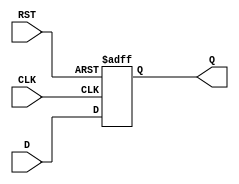
module stage_register #(
    parameter WIDTH = 8  // Parameter to define the width of the data bus
)(
    input  wire [WIDTH-1:0] D,    // Data input
    input  wire CLK,                // Clock input
    input  wire RST,                // Reset input
    output reg  [WIDTH-1:0] Q       // Data output
);

// Asynchronous reset and synchronous data capture
always @(posedge CLK or posedge RST) begin
    if (RST) begin
        Q <= {WIDTH{1'b0}};          // Clear the register (set to zero)
    end else begin
        Q <= D;                     // Capture data on clock edge
    end
end

endmodule